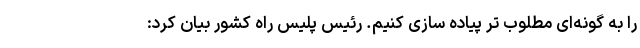
را به گونه‌ای مطلوب تر پیاده سازی کنیم. رئیس پلیس راه کشور بیان کرد: